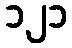
၁၂၁